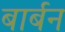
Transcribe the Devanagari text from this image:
बार्बन